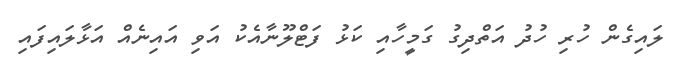
ލައިގެން ހުރި ހުދު އަތްދިގު ގަމީހާއި ކަޅު ފަޓްލޫނާއެކު އަވި އައިނެއް އަޅާލައިފައި